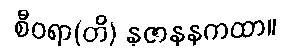
စီဝရာ(တိ) နုဇာနနကထာ။